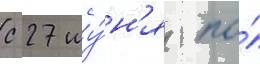
с 27 иу́н'я по́